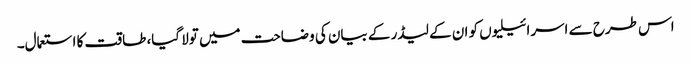
اس طرح سے اسرائیلیوں کو ان کے لیڈر کے بیان کی وضاحت میں تولا گیا، طاقت کا استعمال۔